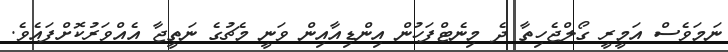
ނަމަވެސް އަމީރީ ގޯލްޖެހިތާ ދެ މިނެޓްފަހުން އިންޑިއާއިން ވަނީ މެޗުގެ ނަތީޖާ އެއްވަރުކޮށްފައެވެ.